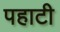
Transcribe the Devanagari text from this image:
पहाटी